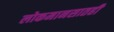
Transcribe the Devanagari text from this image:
लोकमानसातही